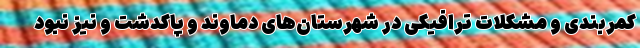
کمربندی و مشکلات ترافیکی در شهرستان‌های دماوند و پاکدشت و نیز نبود